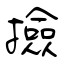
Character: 撿